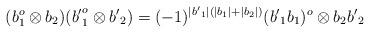
LaTeX: \begin{align*} (b_1^o \otimes b_2)( {b'}_1^o \otimes {b'}_2)= (-1)^{|{b'}_1|\left(|b_1|+|b_2|\right)}({b'}_1 b_1)^o\otimes b_2{b'}_2\end{align*}